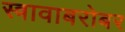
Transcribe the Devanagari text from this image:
स्त्रावाबरोबर